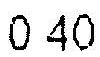
0.40